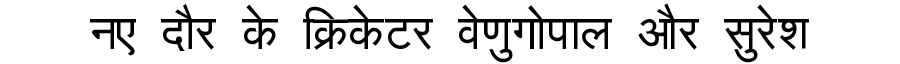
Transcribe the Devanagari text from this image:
नए दौर के क्रिकेटर वेणुगोपाल और सुरेश